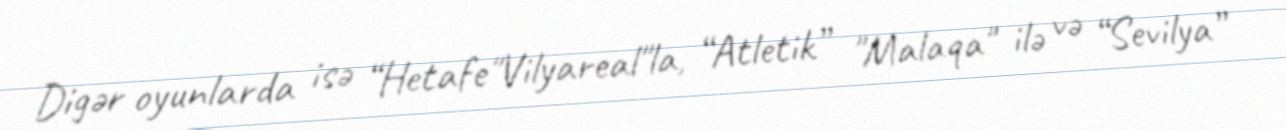
Digər oyunlarda isə “Hetafe"Vilyareal"la, “Atletik” "Malaqa" ilə və “Sevilya”